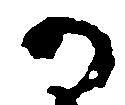
か